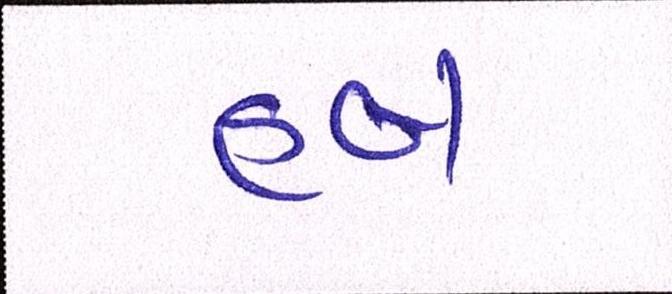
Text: હબ